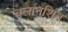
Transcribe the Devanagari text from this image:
बलानशिन